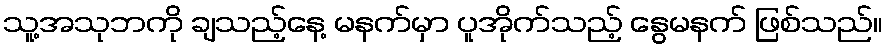
သူ့အသုဘကို ချသည့်နေ့ မနက်မှာ ပူအိုက်သည့် နွေမနက် ဖြစ်သည်။